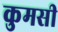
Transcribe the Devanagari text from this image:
कुमसी